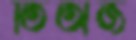
তিঅজ